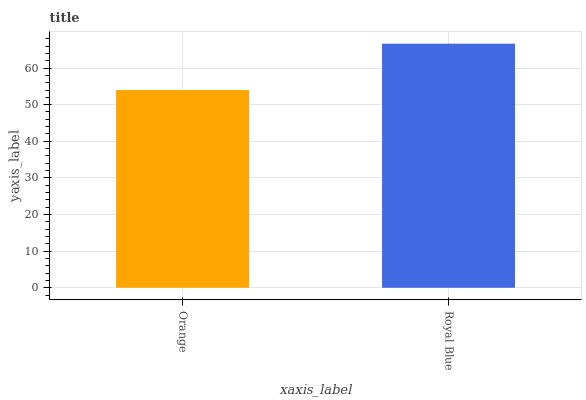
| xaxis_label | bars |
 | --- | --- |
 | Orange | 54 |
 | Royal Blue | 66.6 |